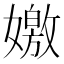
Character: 嬓